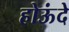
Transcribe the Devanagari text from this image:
होऊंदे